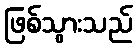
ဖြစ်သွားသည်